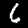
Digit: 6